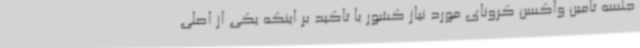
جلسه تامین واکسن کرونای مورد نیاز کشور با تاکید بر اینکه یکی از اصلی